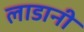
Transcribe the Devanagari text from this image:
लाडानी